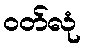
ဝတ်လုံ